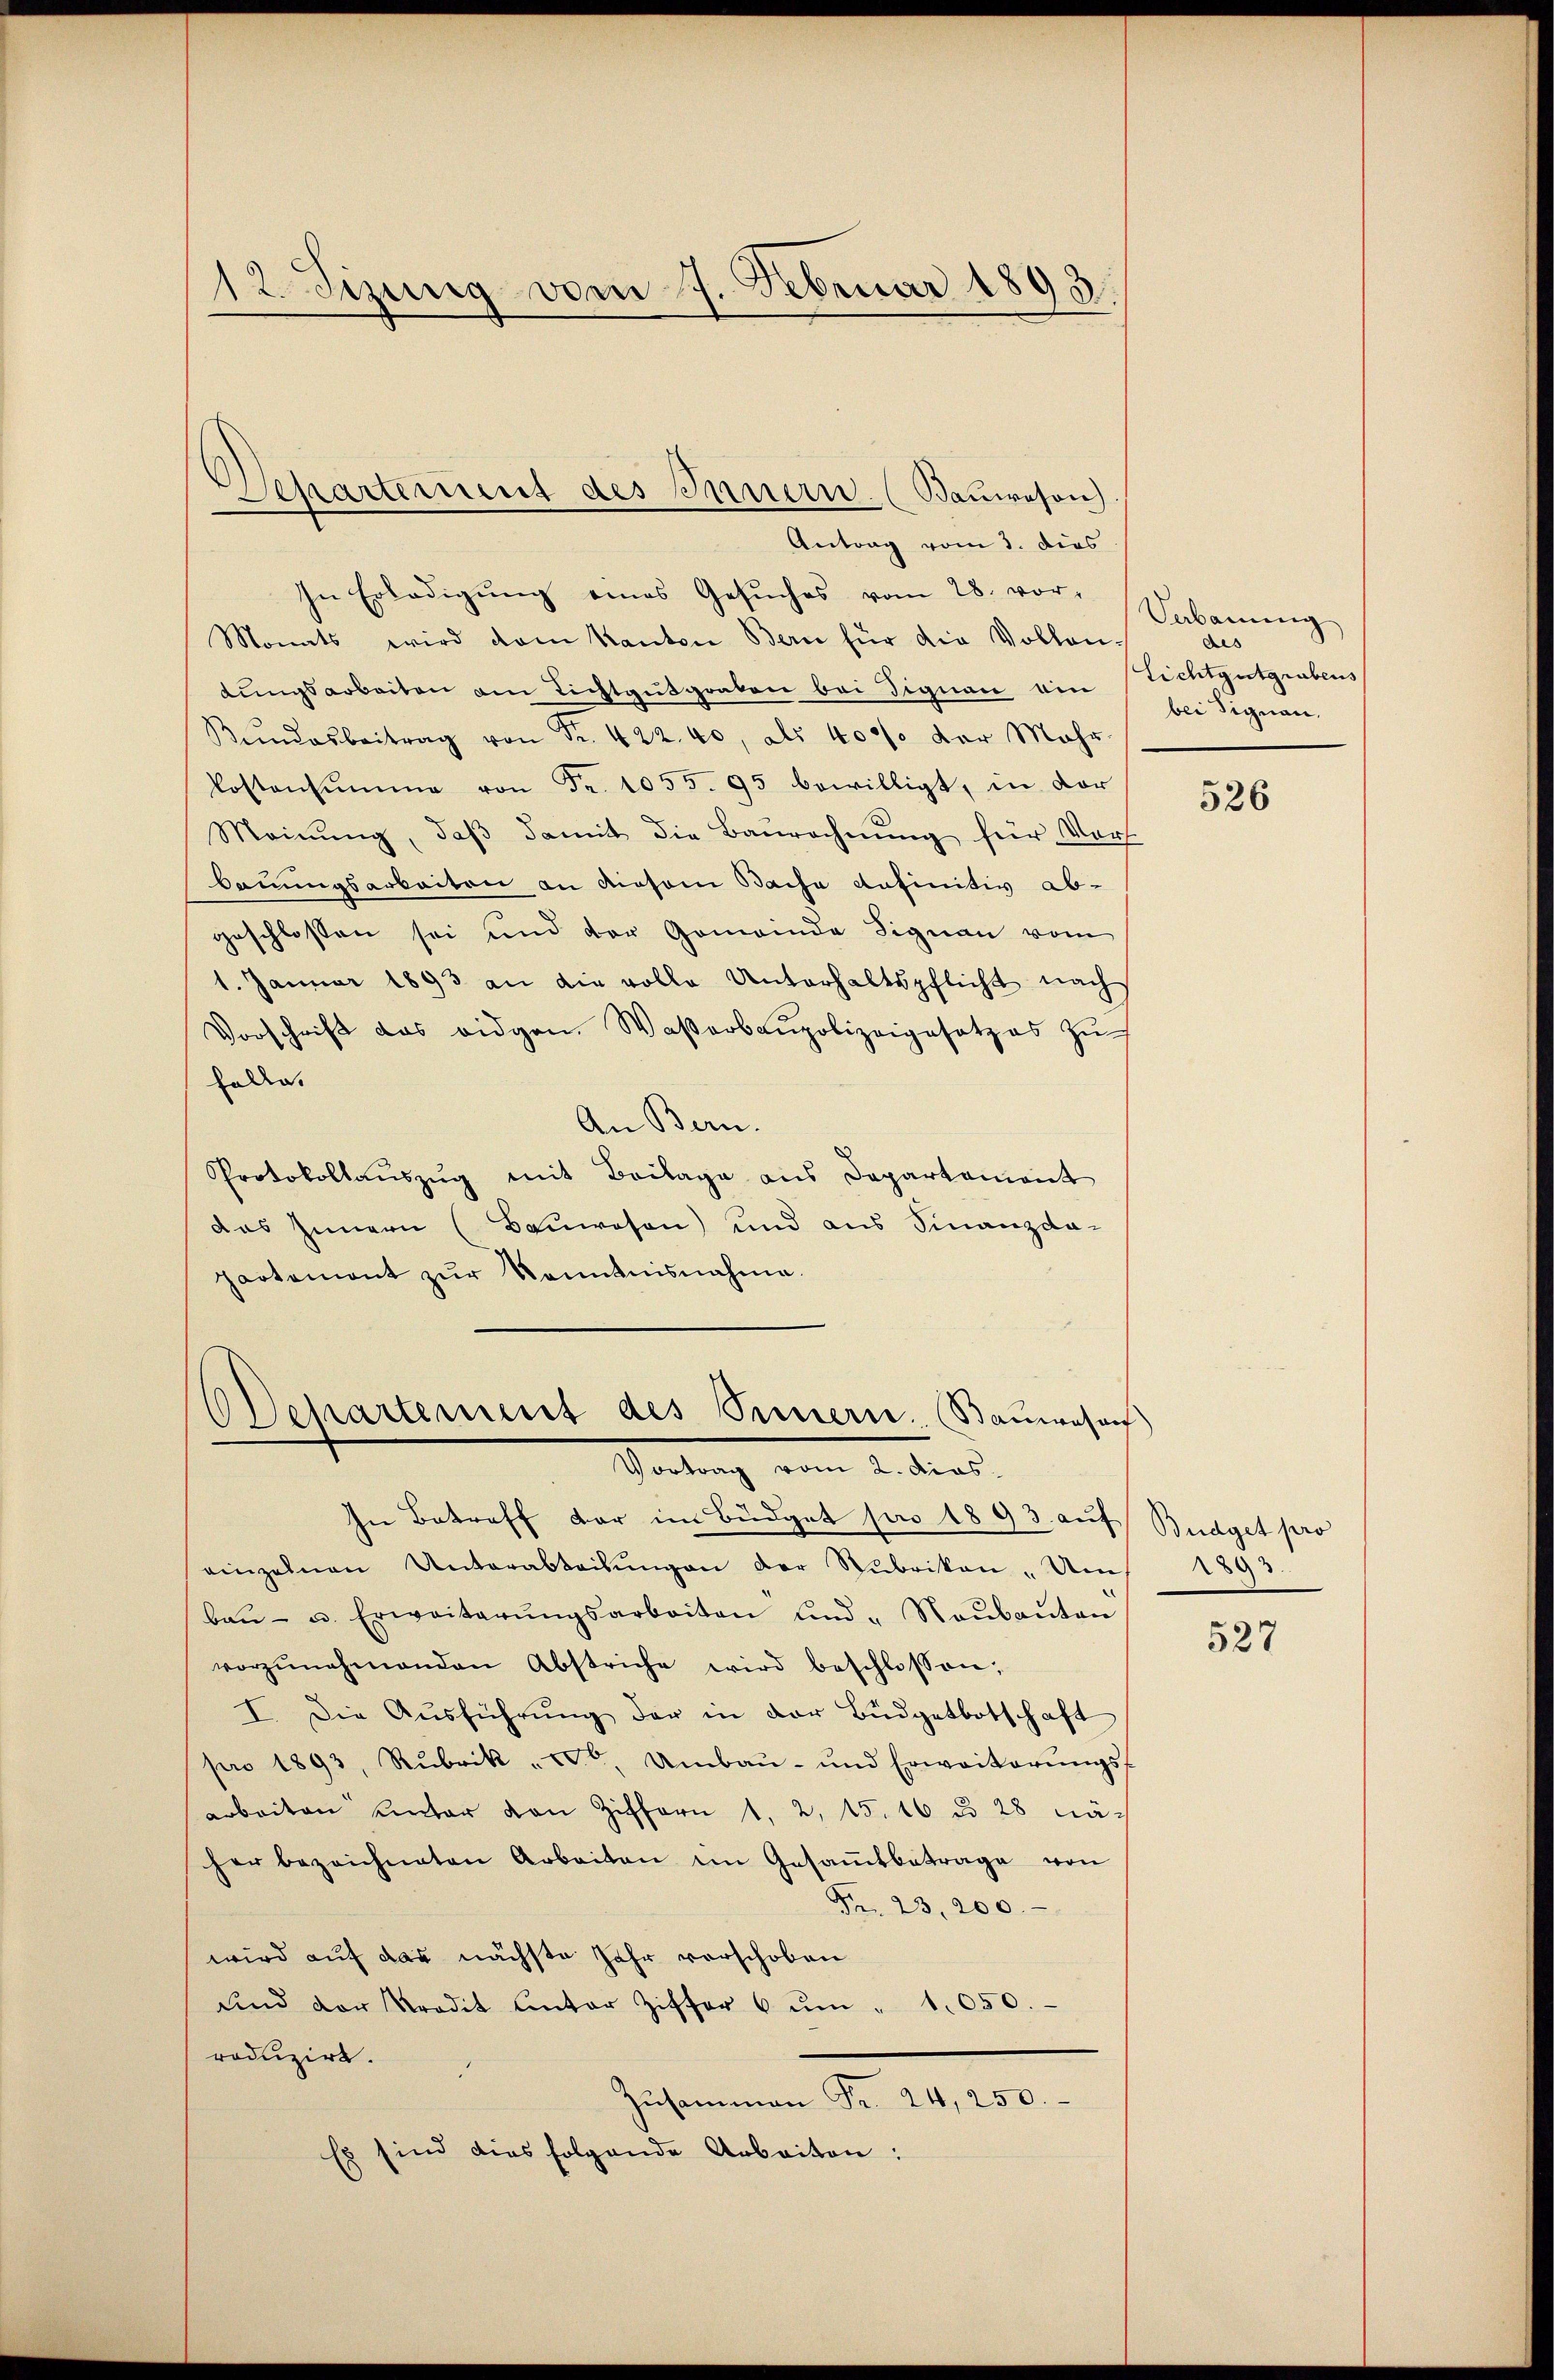
12. Sizung vom 7. Februar 1893.

In Erledigŭng eines Gesŭches vom 28. vor-
Monats wird dem Kanton Bern für die Vollen-
tŭngsarbeiten am Lichtgŭtgraben bei Signau ein richtgutgrabens
Bŭndesbeitrag von Fr. 422. 40, als 400 der Mehr
Kostensumme von Fr. 1055. 95 bewilligt, in dor
Meinŭng, daβ damit die Baŭrechnŭng für Vort
bauungsarbeiten an diesem Bache anfinitiv ab-
geschlossen sei und der Gemeinde Signau vom
1. Januar 1893 an die volle Unterhaltspflicht nach
Vorschrift das eidgen. Waßerbaupolizeigesetzes zŭ
halle.
An Bern.
Protokollaŭszŭg mit Beilage aus Departament
das Innern (Bauwesen) und aus Finanzda-
partemont zŭr Kenntnisnahme.
Dchartement des Sinnern. Baŭwesen

Departement des Innern. (Bauwesen)
Antrag vom 3. dies

Vortrag vom 2. dios.

In Betreff der im Büdget pro 1893 auf Budget pro
einzelnen Unterabteilŭngen der Rubrikon " Um/ 1893.
baŭ- u. Erweiterŭngsarbeiten und " Neŭbaŭten
vorzŭnehmenden Abstriche wird beschlossen;
I. Die Aŭsführŭng der in der Bŭdgetbotschaft
pro 1893, Rubrik „vo. Umbaŭ- und Erweiterŭngs-
arbeiten unter den Ziffern 1, 2, 15. 16 u. 28 näher bezeichneten Arbeiten im Gesamtbetrage von
Fr. 23. 200.
wird auf das nächste Jahr verschoben
und der Predit Unter Ziffer 6 ŭm " 1050.
roduzirt.
Zusammen Fr. 24, 250.
Es sind dies folgende Arbeiten:

Vebauung
aes
bei Signau.

526

527